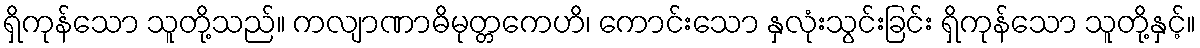
ရှိကုန်သော သူတို့သည်။ ကလျာဏာဓိမုတ္တကေဟိ၊ ကောင်းသော နှလုံးသွင်းခြင်း ရှိကုန်သော သူတို့နှင့်။